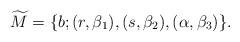
LaTeX: \begin{align*}\widetilde{M} = \{b;(r, \beta_1), (s, \beta_2), (\alpha,\beta_3)\}.\end{align*}